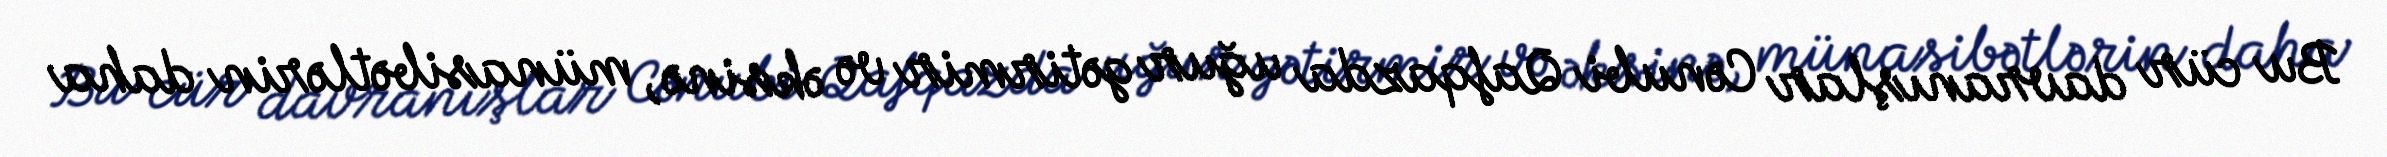
Bu cür davranışlar Cənubi Qafqazda uğur gətirmir və əksinə, münasibətlərin daha